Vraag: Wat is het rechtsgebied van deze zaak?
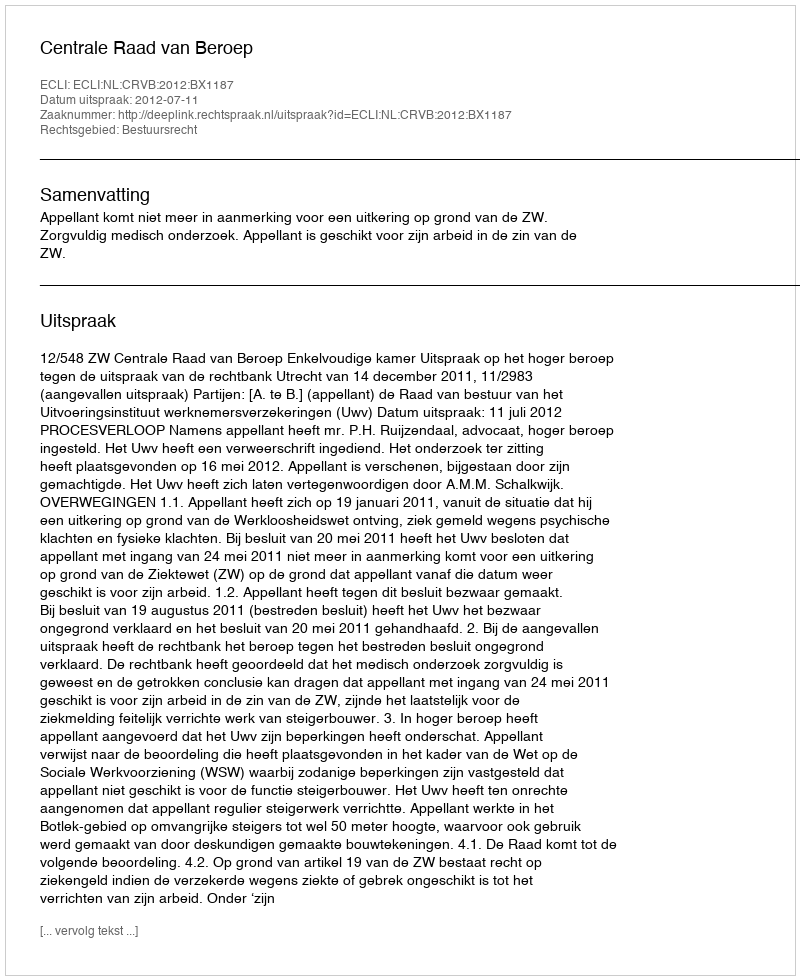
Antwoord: Bestuursrecht